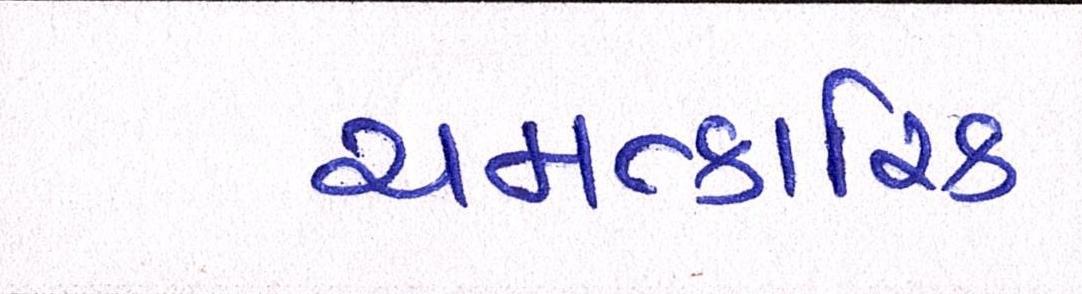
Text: ચમત્કારિક